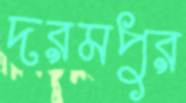
দরমপুর